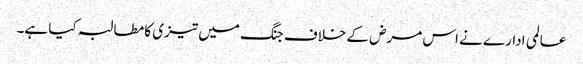
عالمی ادارے نے اس مرض کے خلاف جنگ میں تیزی کا مطالبہ کیا ہے۔